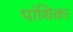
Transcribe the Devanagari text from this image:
पांथिका